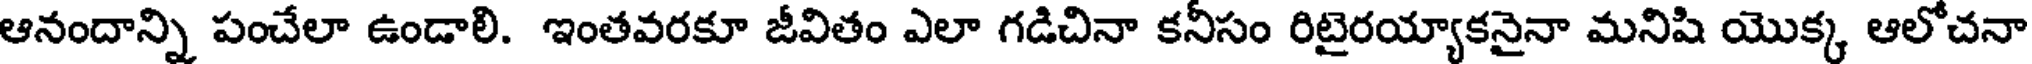
ఆనందాన్ని పంచేలా ఉండాలి. ఇంతవరకూ జీవితం ఎలా గడిచినా కనీసం రిటైరయ్యాకనైనా మనిషి యొక్క ఆలోచనా